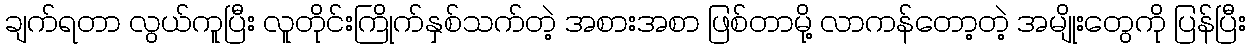
ချက်ရတာ လွယ်ကူပြီး လူတိုင်းကြိုက်နှစ်သက်တဲ့ အစားအစာ ဖြစ်တာမို့ လာကန်တော့တဲ့ အမျိုးတွေကို ပြန်ပြီး